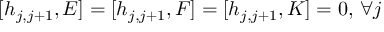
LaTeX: [ h _ { j , j + 1 } , E ] = [ h _ { j , j + 1 } , F ] = [ h _ { j , j + 1 } , K ] = 0 , \, \forall j